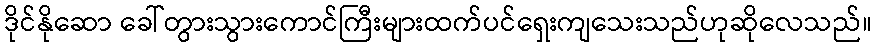
ဒိုင်နိုဆော ခေါ်တွားသွားကောင်ကြီးများထက်ပင်ရှေးကျသေးသည်ဟုဆိုလေသည်။